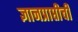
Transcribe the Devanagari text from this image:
ज्ञानप्राप्तीची